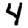
Digit: 4